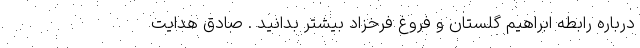
درباره رابطه ابراهیم گلستان و فروغ فرخزاد بیشتر بدانید . صادق هدایت